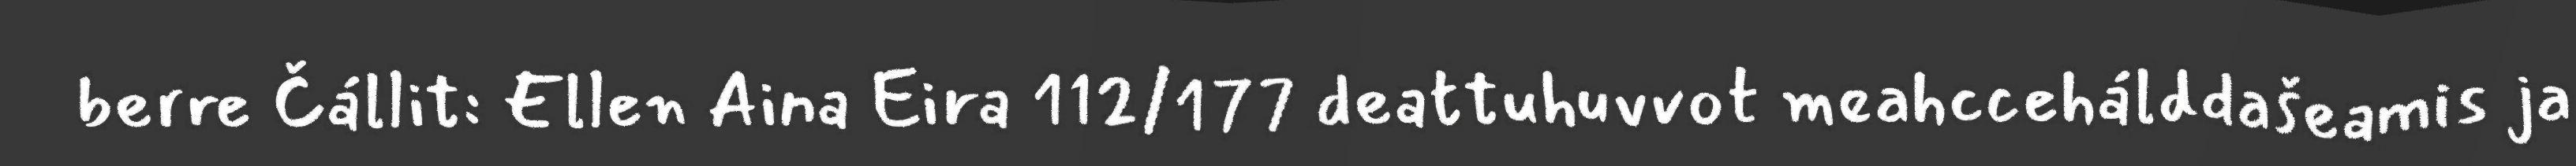
berre Čállit: Ellen Aina Eira 112/177 deattuhuvvot meahccehálddašeamis ja